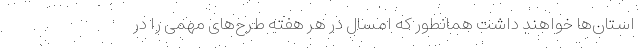
استان‌ها خواهند داشت همانطور که امسال در هر هفته طرح‌های مهمی را در